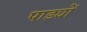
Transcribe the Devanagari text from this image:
पाड्यों